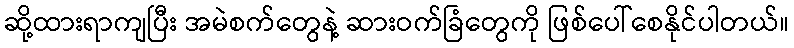
ဆို့ထားရာကျပြီး အမဲစက်တွေနဲ့ ဆားဝက်ခြံတွေကို ဖြစ်ပေါ်စေနိုင်ပါတယ်။